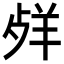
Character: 𦍲